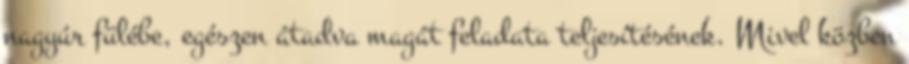
nagyúr fülébe, egészen átadva magát feladata teljesíté­sé­nek. Mivel közben